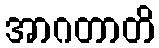
အာဂတာတိ